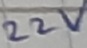
Text: 22V